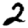
Digit: 2